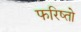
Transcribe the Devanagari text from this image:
फरिष्तो